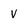
Character: v